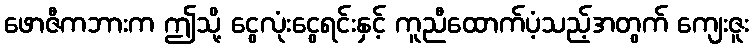
ဖောဇီကဘားက ဤသို့ ငွေလုံးငွေရင်းနှင့် ကူညီထောက်ပံ့သည့်အတွက် ကျေးဇူး